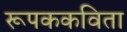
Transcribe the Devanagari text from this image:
रूपककविता